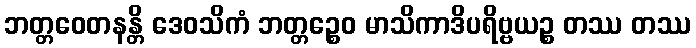
ဘတ္တဝေတနန္တိ ဒေဝသိကံ ဘတ္တဉ္စေဝ မာသိကာဒိပရိဗ္ဗယဉ္စ တဿ တဿ